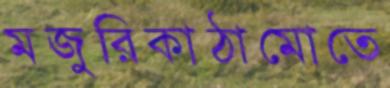
মজুরিকাঠামোতে